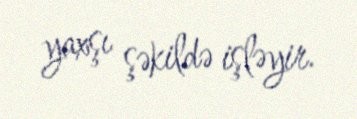
yaxşı şəkildə işləyir.